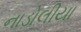
નાડોલીયા